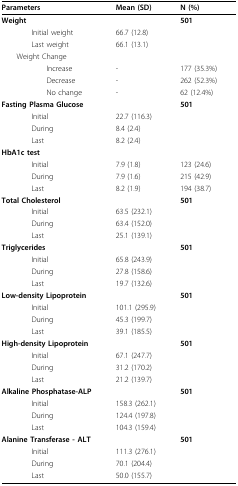
<table><thead><tr><td><b>Parameters</b></td><td><b>Mean (SD)</b></td><td><b>N (%)</b></td></tr></thead><tbody><tr><td><b>Weight</b></td><td></td><td><b>501</b></td></tr><tr><td>Initial weight</td><td>66.7 (12.8)</td><td></td></tr><tr><td>Last weight</td><td>66.1 (13.1)</td><td></td></tr><tr><td> Weight Change</td><td></td><td></td></tr><tr><td>Increase</td><td>-</td><td>177 (35.3%)</td></tr><tr><td>Decrease</td><td>-</td><td>262 (52.3%)</td></tr><tr><td>No change</td><td>-</td><td>62 (12.4%)</td></tr><tr><td><b>Fasting Plasma Glucose</b></td><td></td><td><b>501</b></td></tr><tr><td>Initial</td><td>22.7 (116.3)</td><td></td></tr><tr><td>During</td><td>8.4 (2.4)</td><td></td></tr><tr><td>Last</td><td>8.2 (2.4)</td><td></td></tr><tr><td><b>HbA1c test</b></td><td></td><td></td></tr><tr><td>Initial</td><td>7.9 (1.8)</td><td>123 (24.6)</td></tr><tr><td>During</td><td>7.9 (1.6)</td><td>215 (42.9)</td></tr><tr><td>Last</td><td>8.2 (1.9)</td><td>194 (38.7)</td></tr><tr><td><b>Total Cholesterol</b></td><td></td><td><b>501</b></td></tr><tr><td>Initial</td><td>63.5 (232.1)</td><td></td></tr><tr><td>During</td><td>63.4 (152.0)</td><td></td></tr><tr><td>Last</td><td>25.1 (139.1)</td><td></td></tr><tr><td><b>Triglycerides</b></td><td></td><td><b>501</b></td></tr><tr><td>Initial</td><td>65.8 (243.9)</td><td></td></tr><tr><td>During</td><td>27.8 (158.6)</td><td></td></tr><tr><td>Last</td><td>19.7 (132.6)</td><td></td></tr><tr><td><b>Low-density Lipoprotein</b></td><td></td><td><b>501</b></td></tr><tr><td>Initial</td><td>101.1 (295.9)</td><td></td></tr><tr><td>During</td><td>45.3 (199.7)</td><td></td></tr><tr><td>Last</td><td>39.1 (185.5)</td><td></td></tr><tr><td><b>High-density Lipoprotein</b></td><td></td><td><b>501</b></td></tr><tr><td>Initial</td><td>67.1 (247.7)</td><td></td></tr><tr><td>During</td><td>31.2 (170.2)</td><td></td></tr><tr><td>Last</td><td>21.2 (139.7)</td><td></td></tr><tr><td><b>Alkaline Phosphatase-ALP</b></td><td></td><td><b>501</b></td></tr><tr><td>Initial</td><td>158.3 (262.1)</td><td></td></tr><tr><td>During</td><td>124.4 (197.8)</td><td></td></tr><tr><td>Last</td><td>104.3 (159.4)</td><td></td></tr><tr><td><b>Alanine Transferase - ALT</b></td><td></td><td><b>501</b></td></tr><tr><td>Initial</td><td>111.3 (276.1)</td><td></td></tr><tr><td>During</td><td>70.1 (204.4)</td><td></td></tr><tr><td>Last</td><td>50.0 (155.7)</td><td></td></tr></tbody></table>